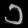
Digit: ၁